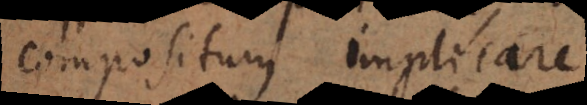
compositum implicare